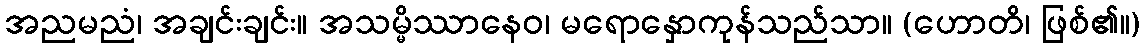
အညမညံ၊ အချင်းချင်း။ အသမ္မိဿာနေဝ၊ မရောနှောကုန်သည်သာ။ (ဟောတိ၊ ဖြစ်၏။)